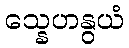
သ္နေဟနွယံ